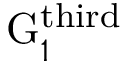
\mathrm { G } _ { 1 } ^ { \mathrm { t h i r d } }